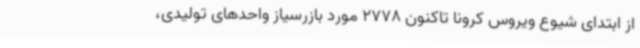
از ابتدای شیوع ویروس کرونا تاکنون 2778 مورد بازرسیاز واحدهای تولیدی،